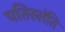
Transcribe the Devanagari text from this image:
पतिस्संति